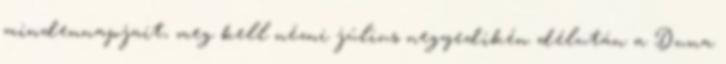
mindennapjait, meg kell nézni július negyedikén délután a Duna